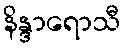
နိန္ဒာရောသီ